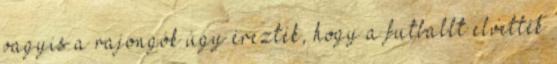
vagyis a rajongók úgy érezték, hogy a futballt elvették